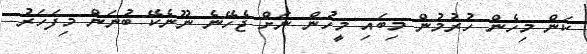
ކަން މިހެން ހުރުމުން މިބައި މީހުން ނަށް ޖެހޭނެ ނޫނެކޭ ބުނަން މިފަހަރު